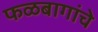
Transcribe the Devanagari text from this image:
फळबागांचे